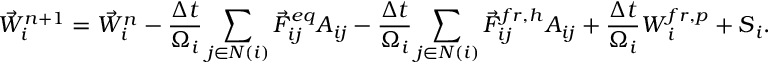
{ \vec { W } } _ { i } ^ { n + 1 } = { \vec { W } } _ { i } ^ { n } - \frac { \Delta t } { \Omega _ { i } } \sum _ { j \in N ( i ) } { \vec { F } } _ { i j } ^ { e q } { \cal A } _ { i j } - \frac { \Delta t } { \Omega _ { i } } \sum _ { j \in N ( i ) } { \vec { F } } _ { i j } ^ { f r , h } { \cal A } _ { i j } + \frac { \Delta t } { \Omega _ { i } } \boldsymbol { W } _ { i } ^ { f r , p } + \boldsymbol { S } _ { i } .